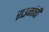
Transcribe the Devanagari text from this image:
राउळांची